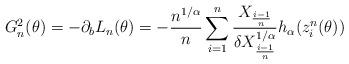
LaTeX: \begin{align*} G_n^2(\theta)= -\partial_b L_n(\theta) = - \frac{n^{1/ \alpha}}{n}\sum_{i=1}^n \frac{X_{\frac{i-1}{n}}}{\delta X_{\frac{i-1}{n}}^{1/ \alpha}} h_\alpha(z^n_i(\theta))\end{align*}